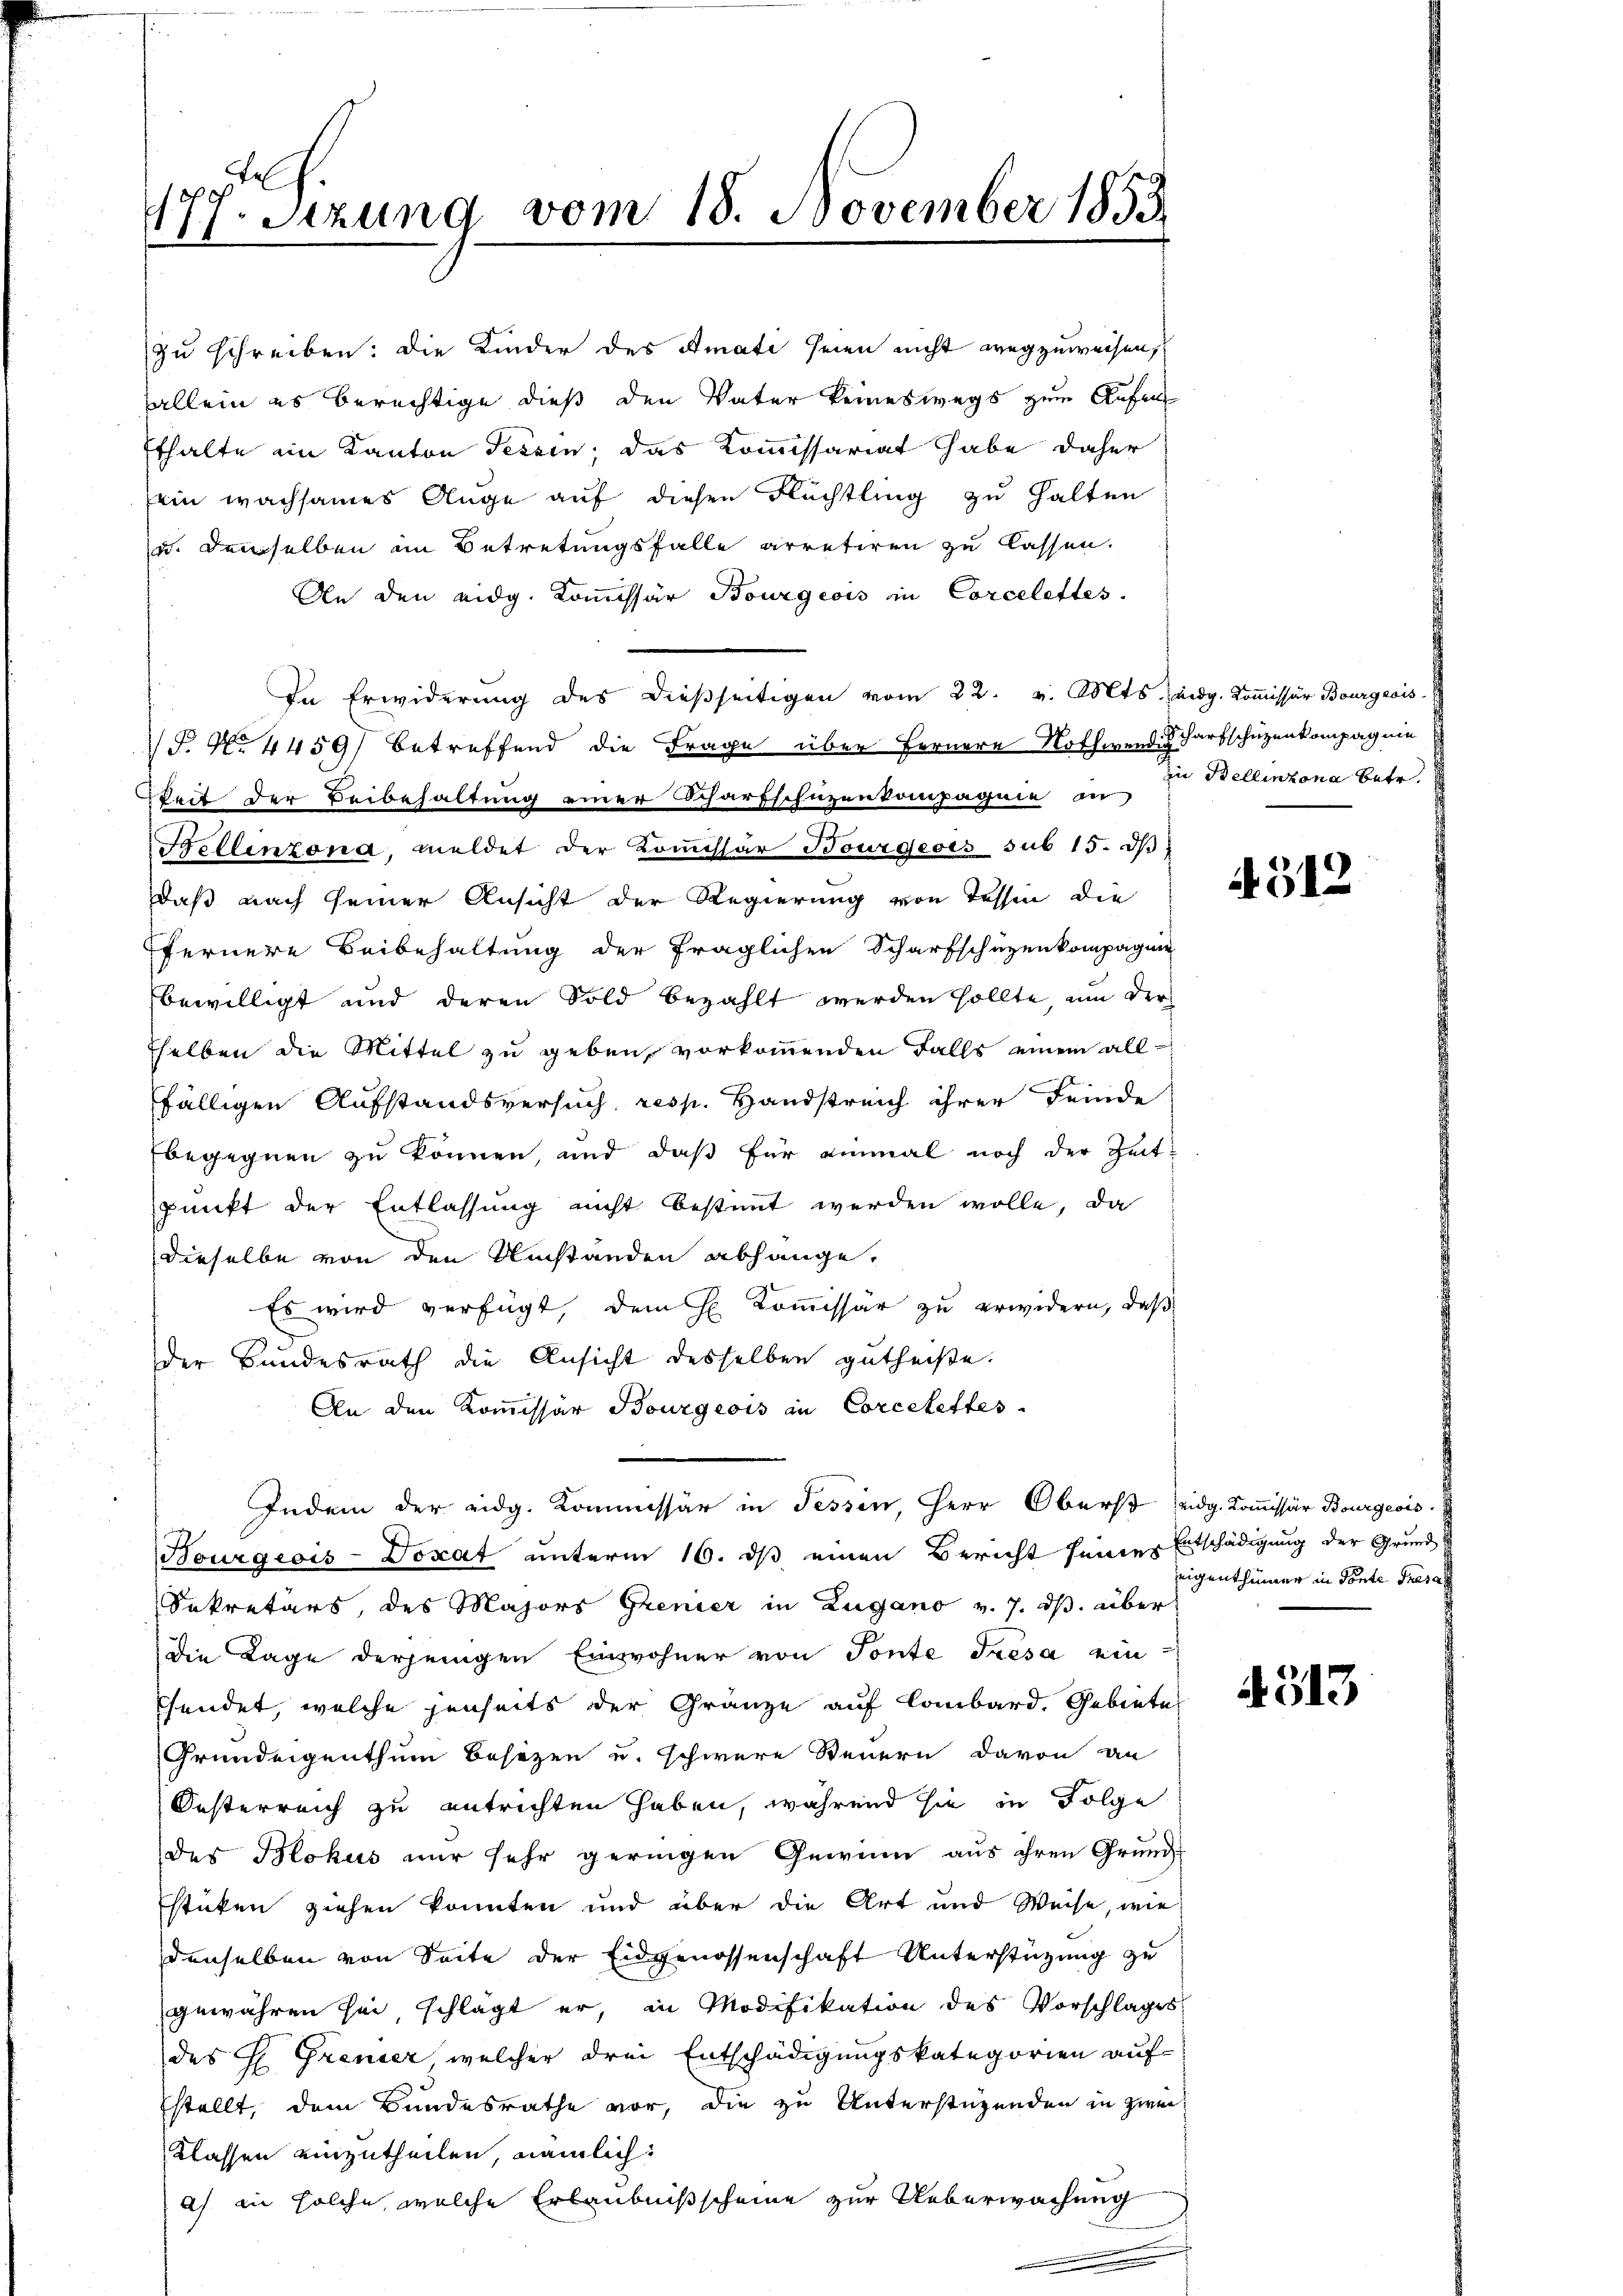
177. Setzung vom 18. November 1853

An den eidg. Kommissär Bourgeois in Corcelettes.
In Erwiderung des dießseitigen vom 22. v. Mts. Zeidg. Kom̅issär Bourgeois
P No 4459) betreffend die Frage über Fernere Nothwendig darfschüzenkompagnie
keit der Beibehaltung einer Scharfschüzenkompagnie an
Bellinzona, meldet der Kommissär Bourgeois sub 15. dβ
daß nach seiner Ansicht der Regierung von Tessen die
ffernere Beibehaltung der fraglichen Scharfschüzenkompagnie
bewilligt und deren Sold bezahlt werden sollte, um der
sselben die Mittel zu geben, vorkommenden Falls einem allfälligen Aufstandsversuch, resp. Handstreich ihrer Feinde
Ebegegnen zu können, und daß für einmal noch der Zeit¬
Punkt der Entlassung nicht bestimmt werden wolle, da
dieselbe von den Umständen abhänge,
Es wird verfügt, dem H. Kommissär zu erwidern, daß
der Bundesrath die Ansicht desselben getheiße.
An den Kommissär Bourgeois in Corcelettes
Indem der eidg. Kommissär in Tessin, Herr Oberst eidg. Kommissär Bourgeois
Bourgeois-Doxat unterm 16. ds einen Bericht seines Entschädigung der Grund
Sekretärs, des Majors Grenier in Zugano v. 7. ds. über
die Lage derjenigen Einwohner von Tonte Tresa ein
shendet, welche jenseits der Gränze auf Lombard. Gebiete
Grundeigenthum Besizen u. schwere Steuern davon an
Oesterreich zu entrichten haben, während sie in Folge
des Blokus nur sehr geringen Gewinn aus ihren Grund-
stücken ziehen konnten und über die Art und Weise, wie
denselben von Seite der Eidgenossenschaft Unterstützung zu
gewähren sei schlägt er, in Modifikation des Vorschlages
des H. Grenzer, welcher drei Entschädigungskategorien aufstellt, dem Bundesrathe vor, die zu Unterstüzenden in zwei¬
Klassen einzutheilen, nämlich:
a) in solche, welche Erlaubnißscheine zur Ueberwachung

zu schreiben: die Kinder des Amati seien nicht wegzuweisen,
allein es berechtige dieß den Vater keineswegs zum Aufen
Efhalte im Kanton Tessin, das Kommissariat habe daher
sein wachsames Auge auf diesen Flüchtling zu halten
u. demselben im Betretungsfalle arretiren zu lassen.

in Bellinzona betr.

4512

eigenthümer in Ponte Fresal

4513